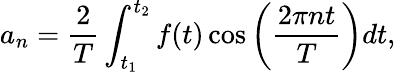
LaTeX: a_{n}=\frac{2}{T}\int_{t_{1}}^{t_{2}}f(t)\cos{\bigg(\frac{2\pi nt}{T}\bigg)}dt,